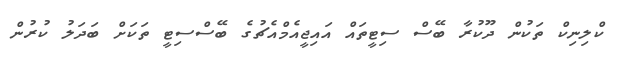
ކްލިނިކް ތަކުން ދޫކުރާ ބޭސް ސިޓީތައް އައިޖީއެމްއެޗުގެ ބޭސްސިޓީ ތަކަށް ބަދަލު ކުރުން